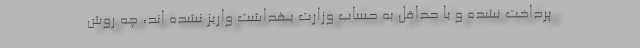
پرداخت نشده و یا حداقل به حساب وزارت بهداشت واریز نشده اند، چه روش